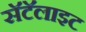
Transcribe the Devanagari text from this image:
सॅटॅलाइट